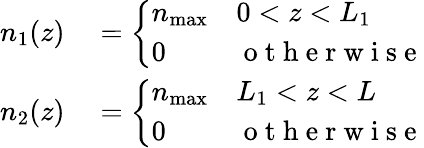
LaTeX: \begin{array}{rl}{n_{1}(z)}&{{}=\left\{ \begin{array}{ll}{n_{\mathrm{max}}}&{0<z<L_{1}}\\ {0}&{\mathrm{~o~t~h~e~r~w~i~s~e~}}\end{array}\right.}\\ {n_{2}(z)}&{{}=\left\{ \begin{array}{ll}{n_{\mathrm{max}}}&{L_{1}<z<L}\\ {0}&{\mathrm{~o~t~h~e~r~w~i~s~e~}}\end{array}\right.}\end{array}